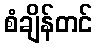
စံချိန်တင်